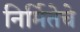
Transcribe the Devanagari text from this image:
निर्मितेचे